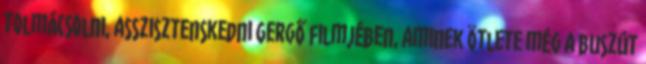
tolmácsolni, asszisztenskedni Gergő filmjében, aminek ötlete még a buszút